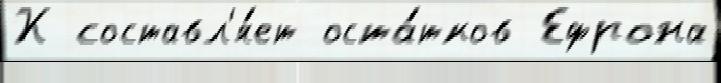
К составл'я́ет оста́тков Ефрона